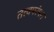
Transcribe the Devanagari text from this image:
तत्त्वपरंपरा